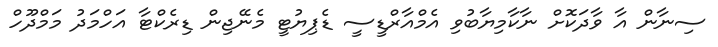
ސިނާން އާ ވާދަކޮށް ނާކާމިޔާބުވި އެމްއާރްޑީސީ ޑެޕިޔުޓީ މެނޭޖިން ޑިރެކްޓާ އަހްމަދު މަމްދޫހް